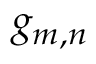
g _ { m , n }